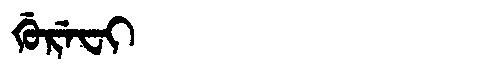
Manchu: ᡤᡠᡵᡝᠸᡳ
Romanization: GUREFI